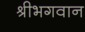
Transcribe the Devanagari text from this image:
श्रीभगवान